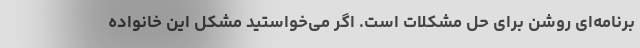
برنامه‌ای روشن برای حل مشکلات است. اگر می‌خواستید مشکل این خانواده